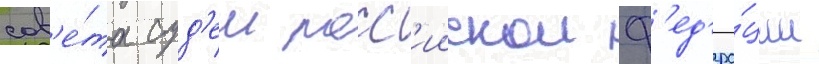
сов'е́та суд'еи росс'иискои ф'ед'ера́ции